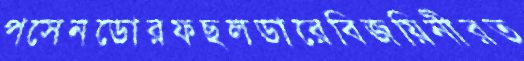
পসেনডোরফছলডারেবিজয়িনীরত